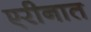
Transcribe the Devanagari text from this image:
एरीनात